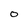
Character: 0